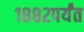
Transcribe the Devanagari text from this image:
१८८२पर्यंत